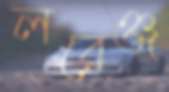
লরেঞ্জ